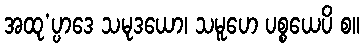
အထု’ပ္ပာဒေ သမုဒယော၊ သမူဟေ ပစ္စယေပိ စ။